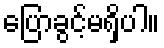
ပြောခွင့်မရှိပါ။